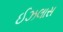
ઈઝલાસ